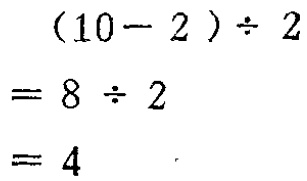
\[(10 - 2) \div 2 = 8 \div 2 = 4\]